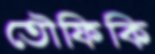
তৌফিকি